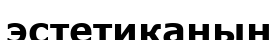
эстетиканың